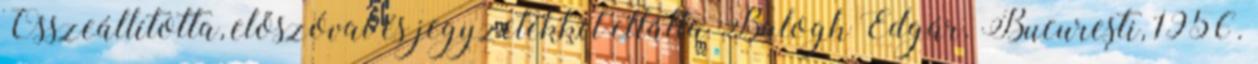
Összeállította, előszóval és jegyzetekkel ellátta Balogh Edgár. Bucureşti, 1956.